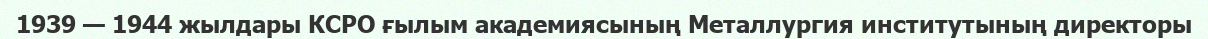
1939 — 1944 жылдары КСРО ғылым академиясының Металлургия институтының директоры